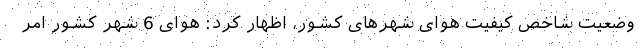
وضعیت شاخص کیفیت هوای شهرهای کشور، اظهار کرد: هوای 6 شهر کشور امر